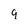
Character: 9